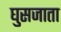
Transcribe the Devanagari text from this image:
घुसजाता